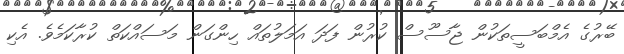
ބޭރުގެ އެމްބަސީތަކުން ޖާސޫސް ކުރުން ފަދަ އަމަލުތައް ހިންގަން މަސައްކަތް ކުރާކަމެވެ. އެކި